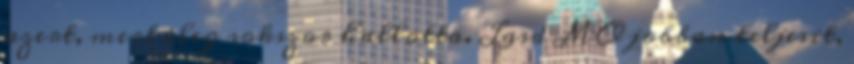
azert, mert eleg sokszor hallotta. Lasd MO jobban teljesit,